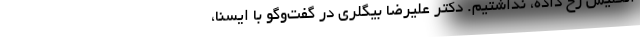
انگلیس رخ داده، نداشتیم. دکتر علیرضا بیگلری در گفت‌وگو با ایسنا،